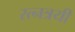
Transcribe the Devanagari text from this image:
रत्नत्रयी